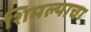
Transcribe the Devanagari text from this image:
शिमल्याचा